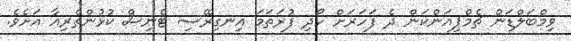
ވިމްބަލްޑަން ޗެމްޕިއަންކަން ދެ ފަހަރަށް ހޯދި ފުރަތަމަ އިނގިރޭސި ޓެނިސް ކުޅުންތެރިއާ އަށެވެ.